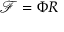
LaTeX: { \mathcal { F } } = \Phi R